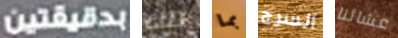
دقيقتين تلك بما السرج عشائنا